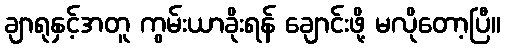
ချာရုနှင့်အတူ ကွမ်းယာခိုးရန် ချောင်းဖို့ မလိုတော့ပြီ။